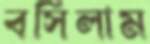
বসিলাম